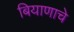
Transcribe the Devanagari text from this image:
बियाणाचे